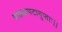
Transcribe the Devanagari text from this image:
चक्रकपटागुप्ताः।।